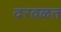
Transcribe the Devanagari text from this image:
दरवळत